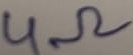
Text: 4Ω